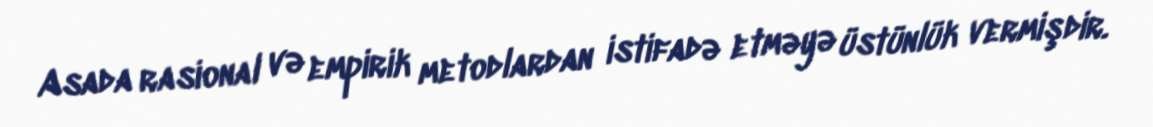
Asada rasional və empirik metodlardan istifadə etməyə üstünlük vermişdir.